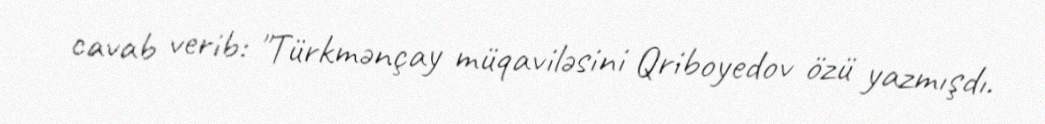
cavab verib: "Türkmənçay müqaviləsini Qriboyedov özü yazmışdı.